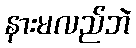
နားမလည်ဘဲ